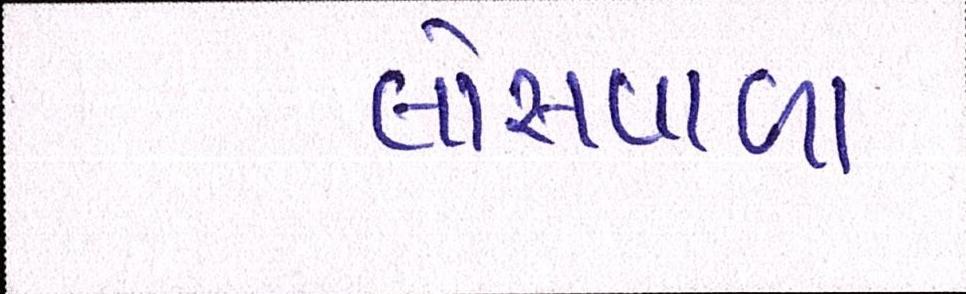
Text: લોસવાળા